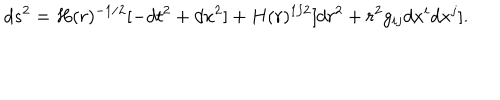
d s ^ { 2 } = H ( r ) ^ { - 1 / 2 } [ - d t ^ { 2 } + d x ^ { 2 } ] + H ( r ) ^ { 1 / 2 } [ d r ^ { 2 } + r ^ { 2 } g _ { i j } d x ^ { i } d x ^ { j } ] .